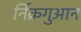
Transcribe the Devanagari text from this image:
र्निक्रगुआन